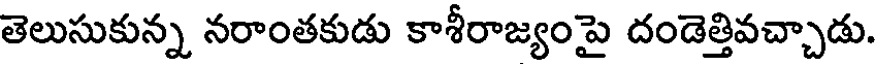
తెలుసుకున్న నరాంతకుడు కాశీరాజ్యంపై దండెత్తివచ్చాడు.